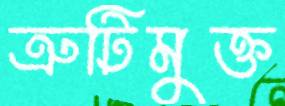
ত্রুটিমুক্ত